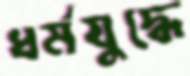
ধর্মযুদ্ধে